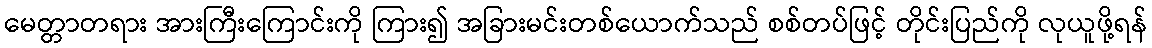
မေတ္တာတရား အားကြီးကြောင်းကို ကြား၍ အခြားမင်းတစ်ယောက်သည် စစ်တပ်ဖြင့် တိုင်းပြည်ကို လုယူဖို့ရန်